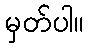
မှတ်ပါ။